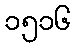
၁၅၁၆